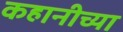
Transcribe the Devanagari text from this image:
कहानीच्या